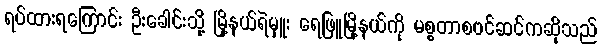
ရပ်ထားရကြောင်း ဦးခေါင်းသို့ မြို့နယ်ရဲမှူး ရေဖြူမြို့နယ်ကို မစ္စတာစဗင်ဆင်ကဆိုသည်